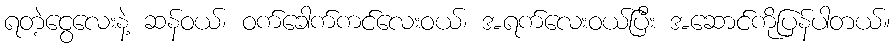
ရတဲ့ငွေလေးနဲ့ ဆန်ဝယ်၊ ဝက်ခေါက်ကင်လေးဝယ်၊ အရက်လေးဝယ်ပြီး အဆောင်ကိုပြန်ပါတယ်။